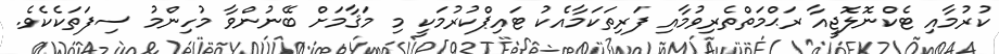
ކުރުމާއި ޓެކްނޮލޮޖީއާ ރަޙްމަތްތެރިވުމާއި ފަރިތަކަމާއެކު ޓައިޕްކުރުމަކީ މި މަޤާމަށް ބޭނުންވާ މުހިންމު ސިފަތަކެކެވެ.